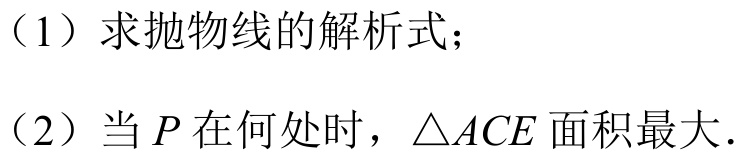
（1）求抛物线的解析式；
（2）当\(P\)在何处时，\(\triangle ACE\)面积最大.